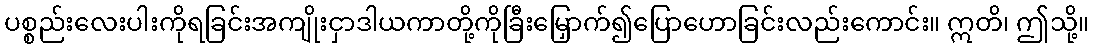
ပစ္စည်းလေးပါးကိုရခြင်းအကျိုးငှာဒါယကာတို့ကိုခြီးမြှောက်၍ပြောဟောခြင်းလည်းကောင်း။ ဣတိ၊ ဤသို့။